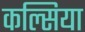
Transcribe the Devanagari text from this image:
कल्सिया